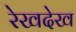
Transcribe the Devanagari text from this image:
रेखदेख